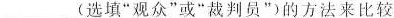
___(选填”观众”或”裁判员”)的方法来比较